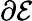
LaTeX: \partial\mathcal{E}